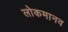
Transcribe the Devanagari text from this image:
लोकमानव